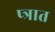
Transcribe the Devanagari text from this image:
प्त्रात